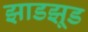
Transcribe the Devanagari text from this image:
झाडझूड